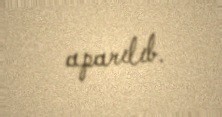
aparılıb.